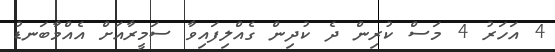
4 އަހަރު 4 މަސް ކުރިން ދެ ކުދިން ގެއްލިފައިވާ ސަމީރާއަށް އެއްމާބަނޑު